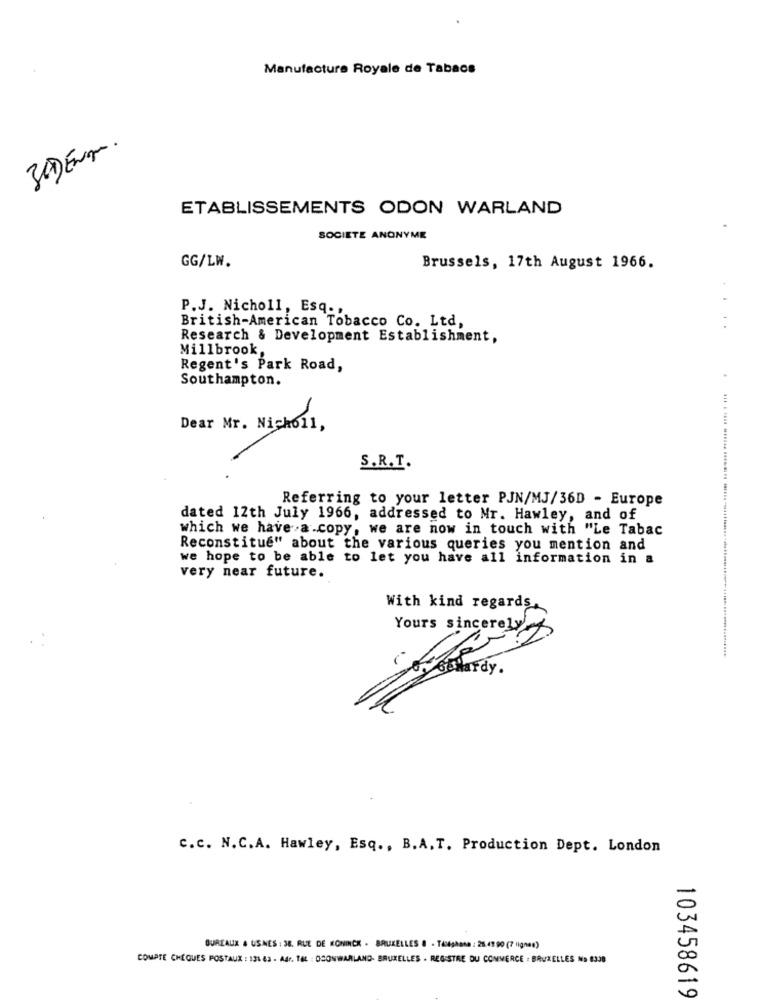
Manufacture Royale de Tabacs
30) Enque.
ETABLISSEMENTS ODON WARLAND
SOCIETE ANONYME
GG/LW.
Brussels, 17th August 1966.
P.J. Nicholl, Esq .,
British-American Tobacco Co. Ltd,
Research & Development Establishment,
Millbrook,
Regent's Park Road,
Southampton.
Dear Mr. Nicholl,
S.R.T.
Referring to your letter PJN/MJ/36D - Europe
dated 12th July 1966, addressed to Mr. Hawley, and of
which we have a.copy, we are now in touch with "Le Tabac
Reconstitue" about the various queries you mention and
we hope to be able to let you have all information in a
very near future.
With kind regards,
Yours sincerely
C.c. N.C.A. Hawley, Esq ., B.A. T. Production Dept. London
BUREAUX & USMES : SE. RUE DE KONINCK - BRUXELLES 8 - Tikghana : 25.49 90 (7 lignee)
COMPTE CHEQUES POSTAUX : 131 63 - Adr. TEL : OCONWARLAND- BRUXELLES . REGISTRE DU COMMERCE : BRUXELLES No 8338
103458619